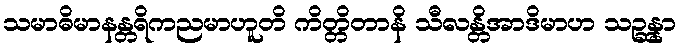
သမာဓိမာနန္တရိကညမာဟူတိ ကိတ္တိတာနိ သီလန္တိအာဒိမာဟ သဉ္ဆန္နာ